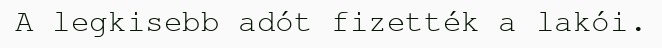
A legkisebb adót fizették a lakói.